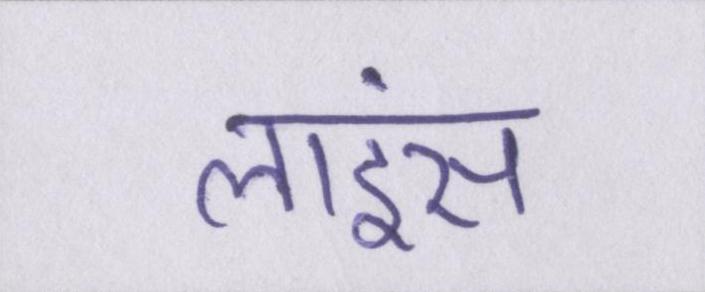
लाइंस